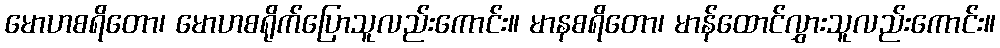
မောဟစရိတော၊ မောဟစရိုက်ပြောသူလည်းကောင်း။ မာနစရိတော၊ မာန်ထောင်လွှားသူလည်းကောင်း။